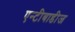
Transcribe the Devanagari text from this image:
एन्टीबाडीज